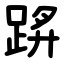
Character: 䟸